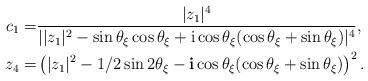
LaTeX: \begin{align*}c_1=&\frac{|z_1|^4}{||z_1|^2-\sin \theta_\xi \cos \theta_\xi +\mathrm i \cos \theta_\xi (\cos\theta_\xi+\sin \theta_\xi )|^4},\\z_4=&\left(|z_1|^2-1/2\sin2\theta_\xi -\mathbf i \cos \theta_\xi (\cos\theta_\xi +\sin\theta_\xi ) \right)^2.\end{align*}